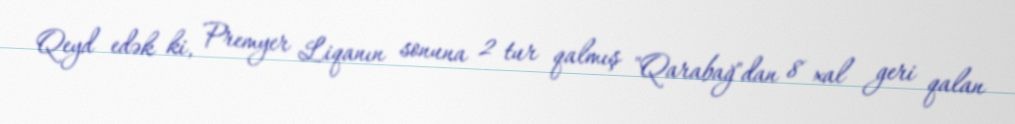
Qeyd edək ki, Premyer Liqanın sonuna 2 tur qalmış "Qarabağ"dan 8 xal geri qalan